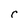
Character: r